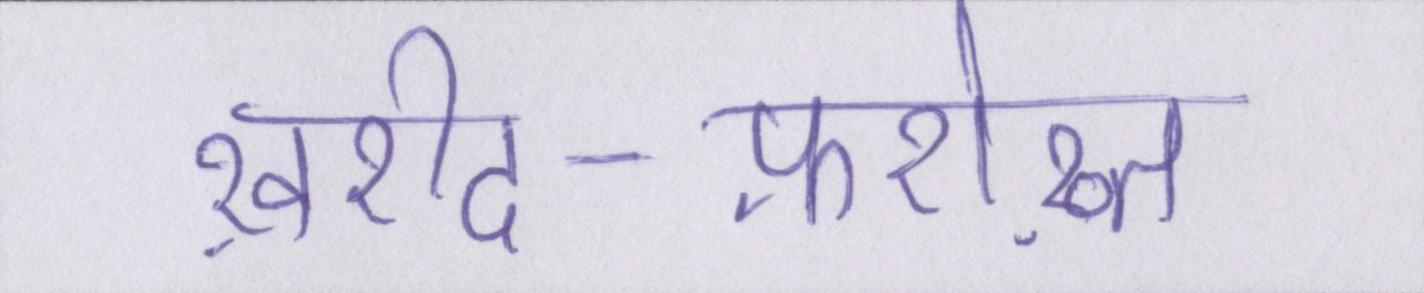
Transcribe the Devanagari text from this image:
ख़रीद-फ़रोख़्त